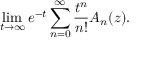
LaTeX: \operatorname* { l i m } _ { t \rightarrow \infty } e ^ { - t } \sum _ { n = 0 } ^ { \infty } { \frac { t ^ { n } } { n ! } } A _ { n } ( z ) .